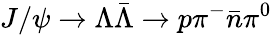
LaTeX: J/\psi\to\Lambda\bar{\Lambda}\to p\pi^{-}\bar{n}\pi^{0}